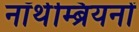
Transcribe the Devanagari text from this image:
नॉर्थम्ब्रियनों